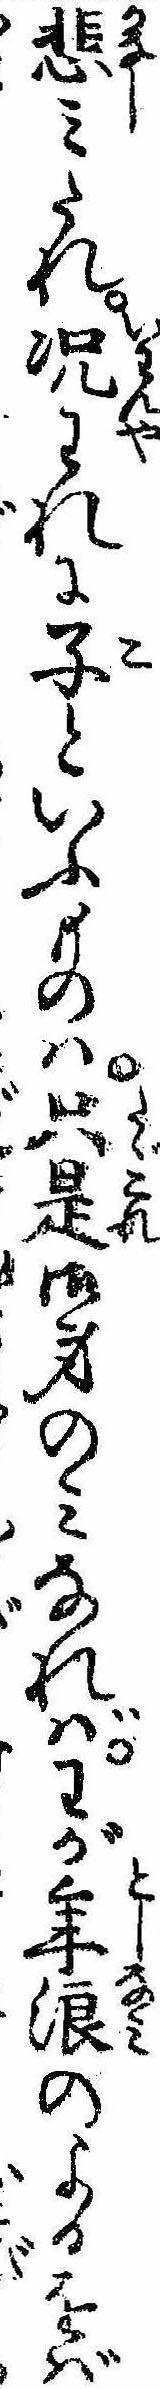
悲みたれ況われに子といふものは只是御身のみなればわが年浪のよるをば